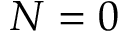
N = 0